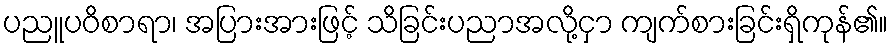
ပညူပဝိစာရာ၊ အပြားအားဖြင့် သိခြင်းပညာအလို့ငှာ ကျက်စားခြင်းရှိကုန်၏။